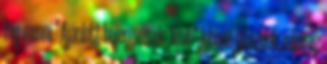
fog menni." Ajánlott bejegyzések: Xavi: "Jobban játszunk, mint az